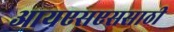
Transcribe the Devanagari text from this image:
आयएसएससाठी